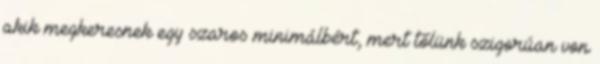
akik megkeresnek egy szaros minimálbért, mert tőlünk szigorúan von